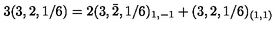
3 ( 3 , 2 , 1 / 6 ) = 2 ( 3 , \bar { 2 } , 1 / 6 ) _ { 1 , - 1 } + ( 3 , 2 , 1 / 6 ) _ { ( 1 , 1 ) }